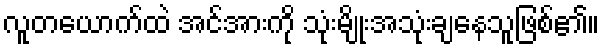
လူတယောက်ထဲ အင်အားကို သုံးမျိုးအသုံးချနေသူဖြစ်၏။